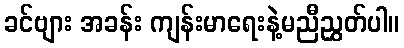
ခင်ဗျား အခန်း ကျန်းမာရေးနဲ့မညီညွှတ်ပါ။